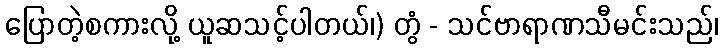
ပြောတဲ့စကားလို့ ယူဆသင့်ပါတယ်၊) တွံ - သင်ဗာရာဏသီမင်းသည်၊